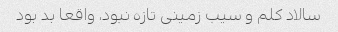
سالاد کلم و سیب زمینى تازه نبود، واقعا بد بود